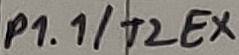
Text: P1.1/T2EX